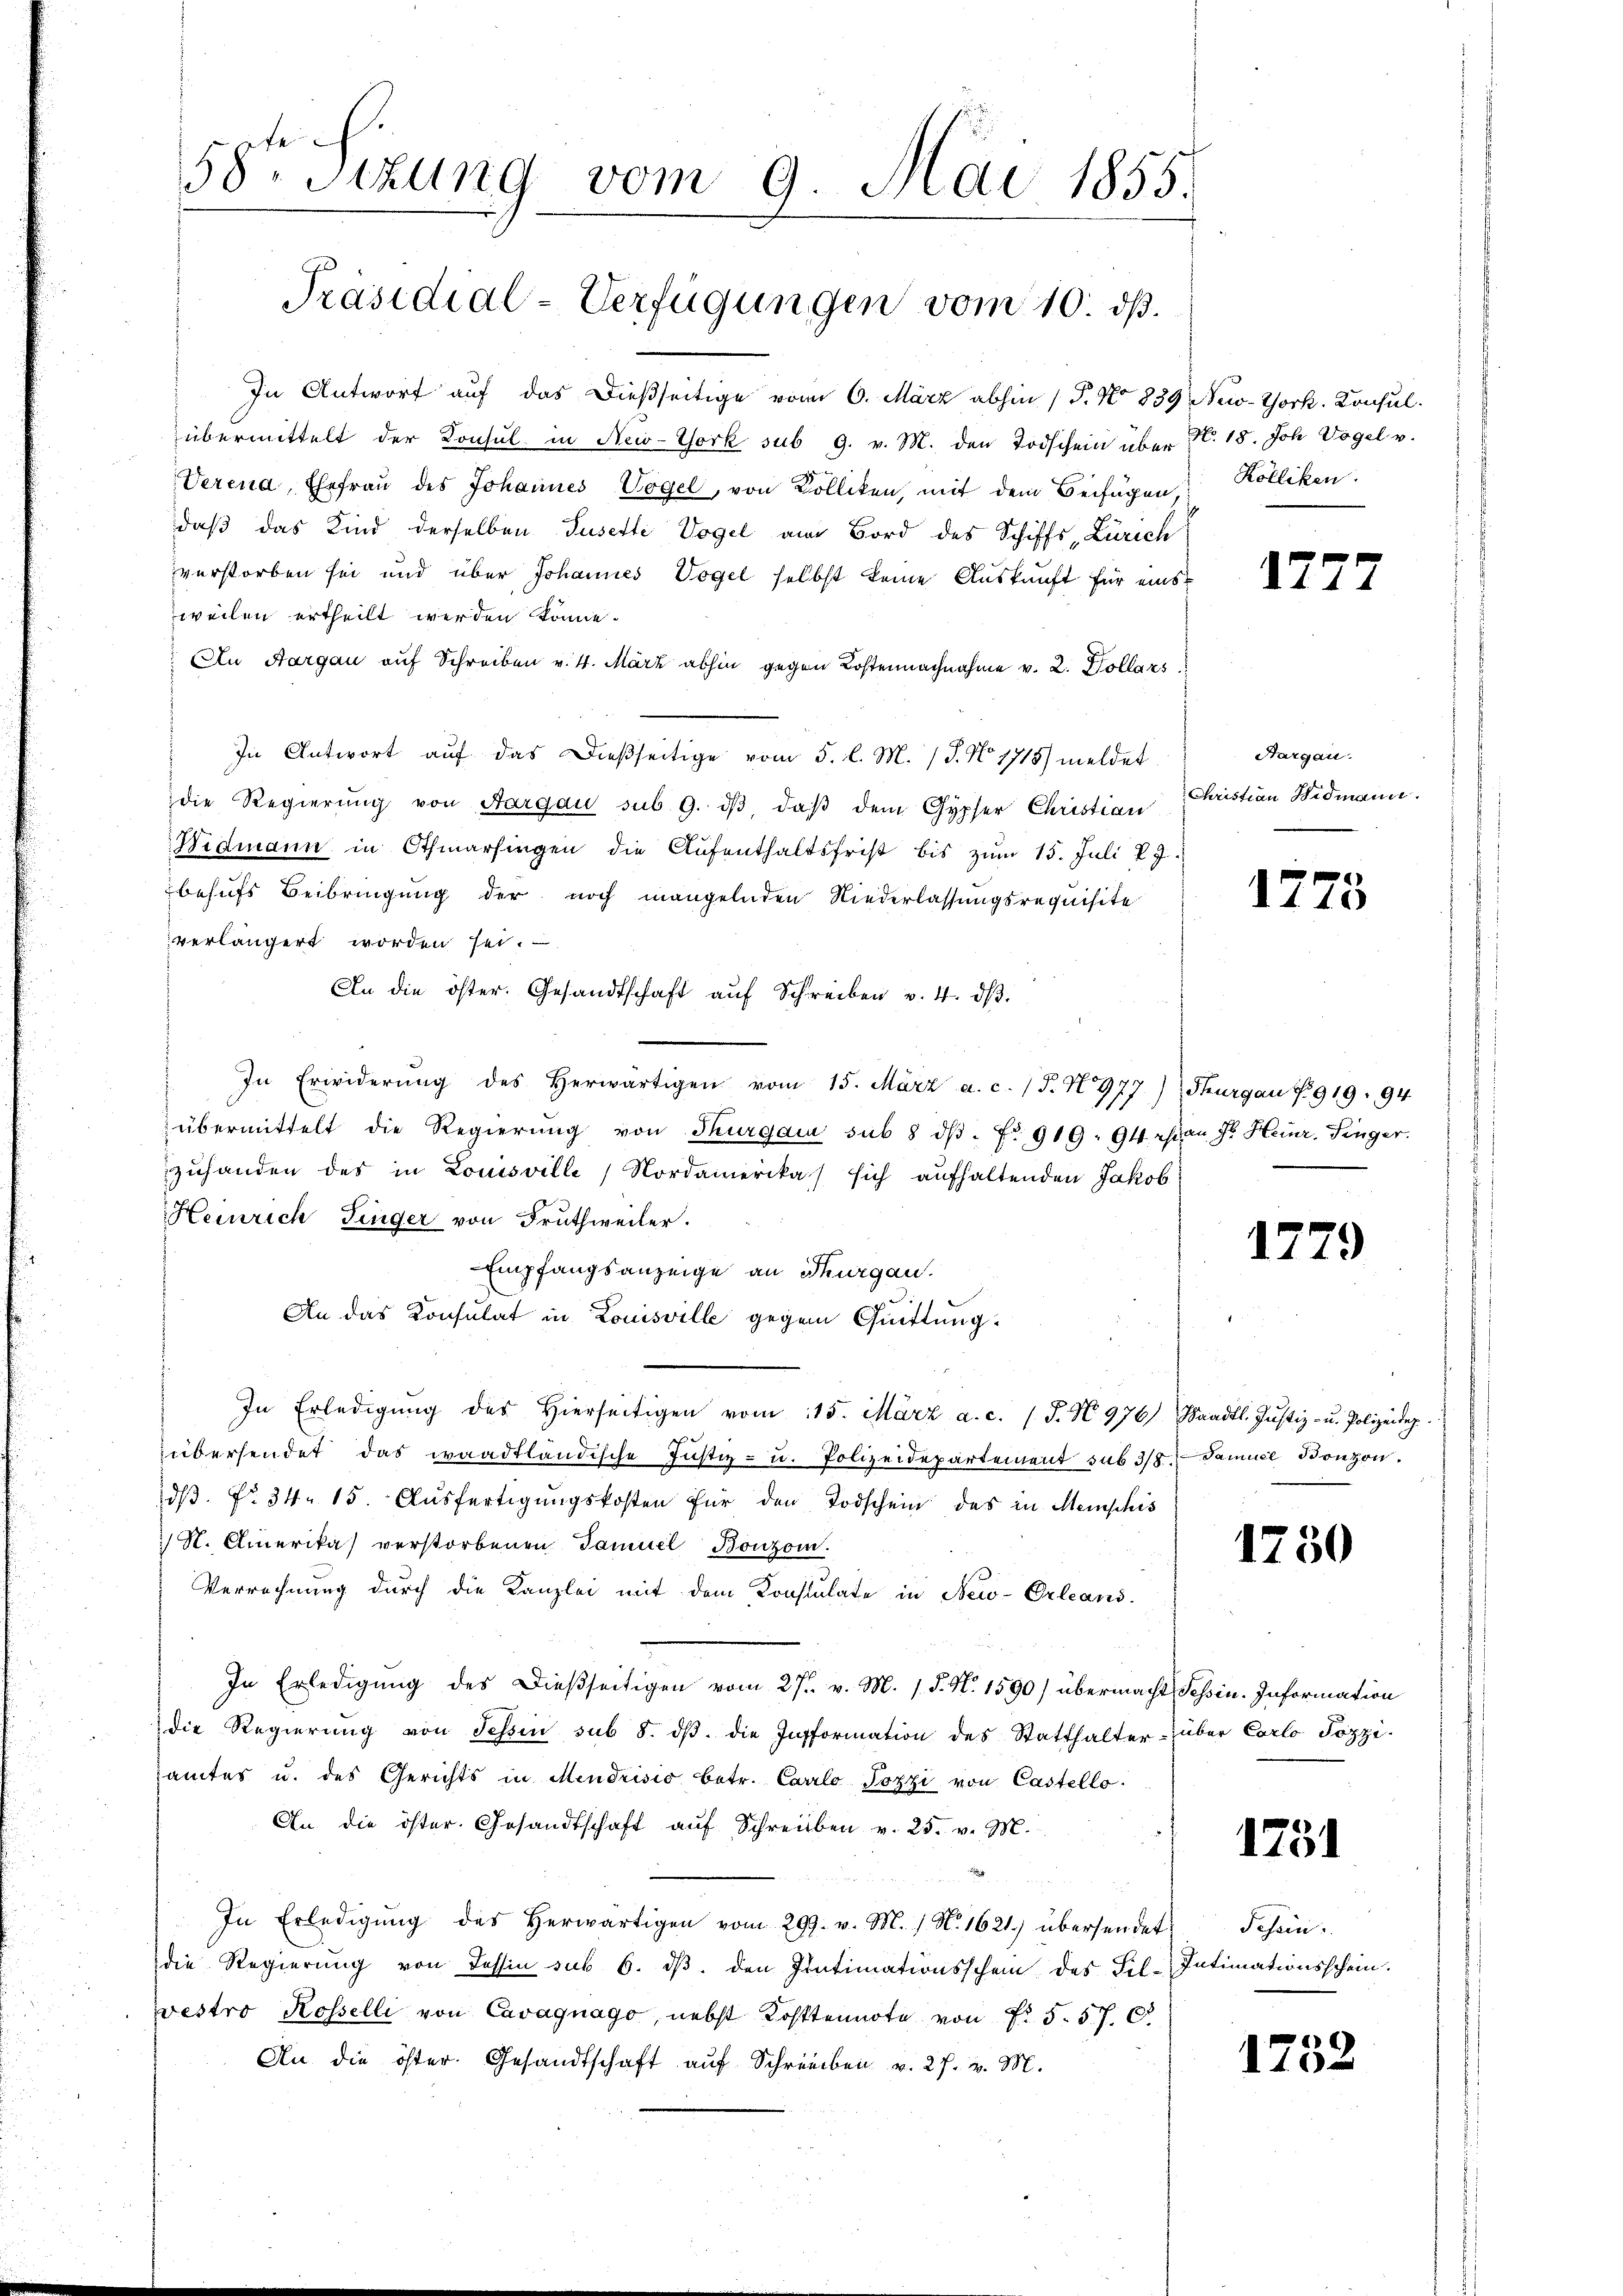
58. Situng vom 9. Mai 1855.

Präsidial-Verfügungen vom 10. dß.

In Antwort auf das dießseitige vom 6. März abhin 1 P. No 839 New-York, Konsul
übermittelt der Konsul in New-York sub 9. v. M. den Todschein über
Verena, Ehefrau des Johannes Vogel, von Kolliken, mit dem Beifügen,
daß das Kind derselben Jusette Vogel am Bord des Schiffs-Zürich
verstorben sei und über Johannes Vogel selbst keine Auskunft für eins
weilen ertheilt werden könne.
An Aargau auf Schreiben v. 4. März abhin gegen Kostennachnahme v. 2. Dollars
In Antwort auf das dießseitige vom 5. l. M. / J. No 1715) meldet
die Regierung von Aargau sub 9. dβ daß dem Gypfer Christian
Widmann in Othmarsingen die Aufenthaltsfrist bis zŭm 15. Juli 7.
behufs Beibringung der noch mangelnden Niederlassungsrequisite
verlängert worden sei.
An die öster. Gesandtschaft aŭf Schreiben v. 4. dβ.
In Erwiderŭng des herwärtigen vom 15. März a.c. (T. N 977
übermittelt die Regierŭng von Thurgau sub 8 dβ. No 919: 94 chi an Fr. Heinr. Singer.
zuhanden des in Louisville, Nordamerika) sich aufhaltenden Jakob
Heinrich Finger von Fruthweiler.
Empfangsanzeige an Schurgau.
An das Konsulat in Louisville gegen Quittung.
In Erledigŭng des hierseitigen vom 15. März a. c. (T. No 976, Waadt. Justiz- u. Polizeidep
übersendet das waadtländische Justiz- u. Polizeidepartement sub 3/8 Samuel Bonzondβ. Nr. 34. 15. Aŭsfertigŭngskosten für den Todschein des in Menschis
 N. Amerika verstorbenen Samuel Bonzom.
Verrechnung durch die Kanzlei mit dem Konstulate in New-Orleand-
In Erledigung des dießseitigen vom 27. v. M. 1. P. N. 1590) übermacht Tessin. Information
die Regierŭng von Tessin sub 8. dβ. die Information des Statthalter- über Carlo Pozzi-
samtes u. des Gerichts in Mendrisio betr. Carlo Jozzi von Castello
An die öster. Gesandtschaft aŭf Schreiben v. 25. v. M.
In Erledigŭng des herwärtigen vom 29. v. M. / N. 1621) übersendet Schön.
die Regierung von Tessin sub 6. dβ. den Intimationsschein des Fil-
vestro Rosselli von Cavagnago, nebst Kostennote von Nr. 5. 57. C
An die öster Gesandtschaft auf Schreiben v. 27. v. M.

No. 18. Joh. Vogel v.
 Kolliken.

1277

Aargau.
Christian Widmann.

1773

Thurgau § 919: 94

1779

1750

1751

Intimationsschein.

1252